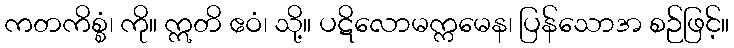
ကတကိစ္စံ၊ ကို။ ဣတိ ဧဝံ၊ သို့။ ပဋိလောမက္ကမေန၊ ပြန်သောအ စဉ်ဖြင့်။